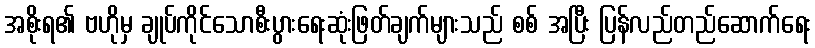
အစိုးရ၏ ဗဟိုမှ ချုပ်ကိုင်သောစီးပွားရေးဆုံးဖြတ်ချက်များသည် စစ် အပြီး ပြန်လည်တည်ဆောက်ရေး